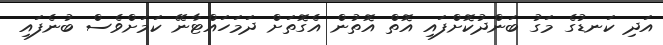
އަދި ކަނޑުގެ މަގު ބަންދުކޮށްފައި އޮތް އޮތުން އެގޮތަށް ދަމަހައްޓާނޭ ކަމަށްވެސް ބުނެފައި